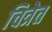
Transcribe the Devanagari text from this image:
चित्रेत